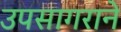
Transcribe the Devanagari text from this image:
उपसागराने